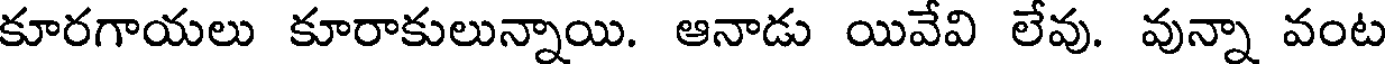
కూరగాయలు కూరాకులున్నాయి. ఆనాడు యివేవి లేవు. వున్నా వంట